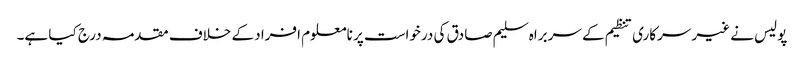
پولیس نے غیر سرکاری تنظیم کے سربراہ سلیم صادق کی درخواست پر نامعلوم افراد کے خلاف مقدمہ درج کیا ہے۔